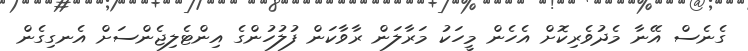
ގެނެސް އޭނާ މެދުވެރިކޮށް އެހެން މީހަކު މަރާލަން ރާވާކަން ފުލުހުންގެ އިންޓެލިޖެންސަށް އެނގިގެން